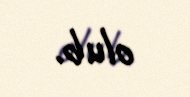
olub.